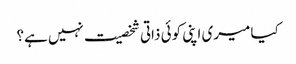
کیا میری اپنی کوئی ذاتی شخصیت نہیں ہے؟